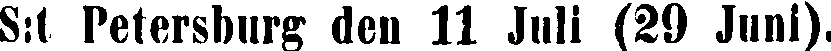
S:t Petersburg den 11 Juli (29 Juni).